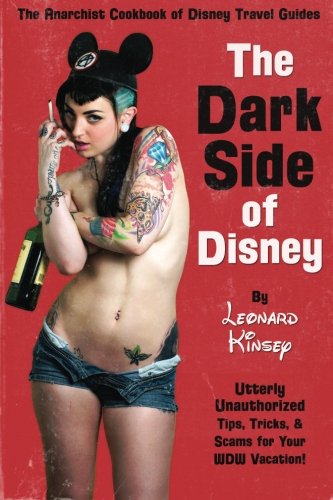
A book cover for The Dark Side of Disney; Leonard Kinsey; Travel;